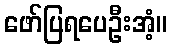
ဖော်ပြရပေဦးအံ့။